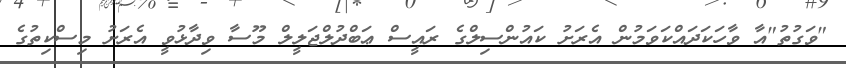
"ވަގުތު"އާ ވާހަކަދައްކަވަމުން އެރަށު ކައުންސިލްގެ ރައީސް ޢަބްދުލްޖަލީލް މޫސާ ވިދާޅުވީ އެރަށު މިސްކިތުގެ